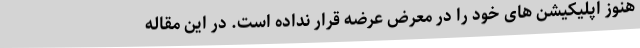
هنوز اپلیکیشن های خود را در معرض عرضه قرار نداده است. در این مقاله